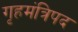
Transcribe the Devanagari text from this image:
गृहमंत्रिपद